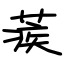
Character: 蒺